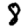
Digit: 8